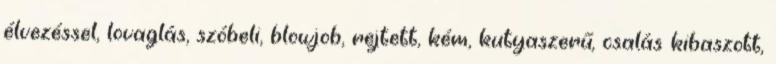
élvezéssel, lovaglás, szóbeli, blowjob, rejtett, kém, kutyaszerű, csalás kibaszott,